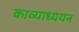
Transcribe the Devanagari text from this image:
काव्याध्ययन